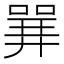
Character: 𱔈